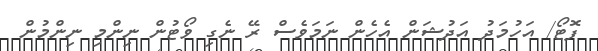
ފޮޓޯ/ އަހުމަދު އަދުޝަން އެހެން ނަމަވެސް ރޭ ނެގި ވޯޓުން ނިންމި ނިންމުން